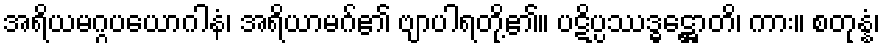
အရိယမဂ္ဂပယောဂါနံ၊ အရိယာမဂ်၏ ဗျာပါရတို့၏။ ပဋိပ္ပဿဒ္ဓဋ္ဌောတိ၊ ကား။ စတုန္နံ၊